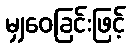
မျှဝေခြင်းဖြင့်